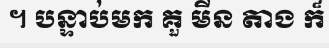
។ បន្ទាប់មក គួ មីន តាង ក៏